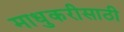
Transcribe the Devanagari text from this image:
माधुकरीसाठी